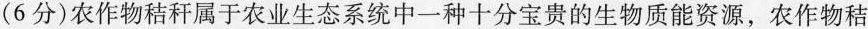
（6分）农作物秸秆属于农业生态系统中一种十分宝贵的生物质能资源，农作物秸